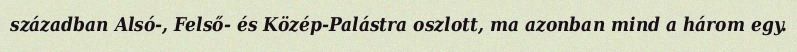
században Alsó-, Felső- és Közép-Palástra oszlott, ma azonban mind a három egy.